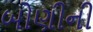
બોણીની